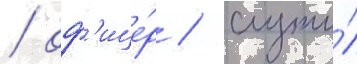
/ оф'ице́р / служи́л